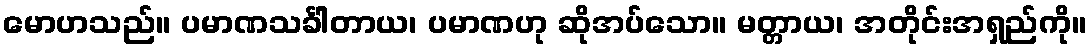
မောဟသည်။ ပမာဏသင်္ခါတာယ၊ ပမာဏဟု ဆိုအပ်သော။ မတ္တာယ၊ အတိုင်းအရှည်ကို။